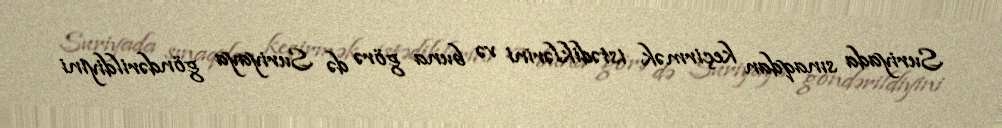
Suriyada sınaqdan keçirmək istədiklərini və buna görə də Suriyaya göndərildiyini